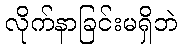
လိုက်နာခြင်းမရှိဘဲ